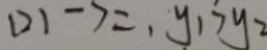
( 2 ) - 7 = , y _ { 1 } > y _ { 2 }